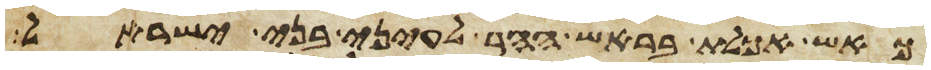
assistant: כאש אכלת בראש ההר לעיני בני ישראל